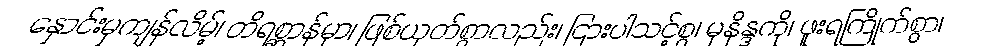
နှောင်းမှကျန်လိမ့်၊ တိရစ္ဆာန်မှာ၊ ဖြစ်ယုတ်စွာလည်း၊ ငြားပါသင့်စွ၊ မုနိန္ဒကို၊ ဖူးရကြိုက်စွာ၊